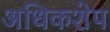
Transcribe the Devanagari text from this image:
अधिकशेप